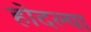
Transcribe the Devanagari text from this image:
होदल्या